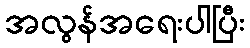
အလွန်အရေးပါပြီး